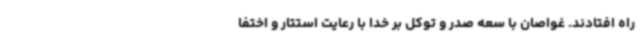
راه افتادند. غواصان با سعه صدر و توکل بر خدا با رعایت استتار و اختفا